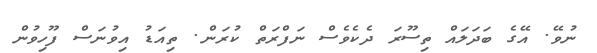
ނުވޭ. އޭގެ ބަދަލައް ތިސޫރަ ދެކެވެސް ނަފްރަތް ކުރަން. ތިއަޑު އިވުނަސް ފޫހިވުން